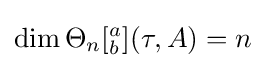
\dim \Theta _{n}[_{b}^{a}](\tau ,A)=n